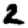
Digit: 2